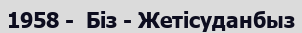
1958 -  Біз - Жетісуданбыз